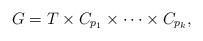
LaTeX: \begin{align*}G = T \times C_{p_1} \times \cdots \times C_{p_k},\end{align*}